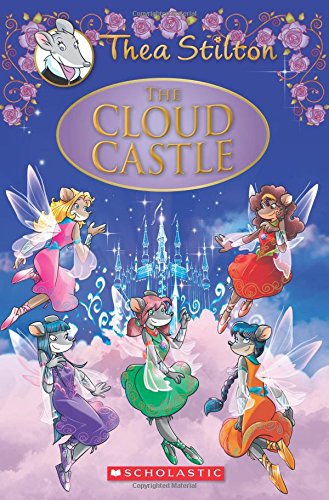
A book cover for The Cloud Castle: A Geronimo Stilton Adventure (Thea Stilton: Special Edition #4); Thea Stilton; Children's Books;